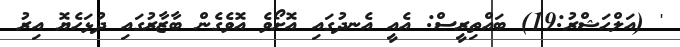
' (އަލްޙަޝްރު:19) ބައްތިރީސް: އެއީ އެނދުގައި އޮށޯވެ އޮވެގެން ބާޒާރުގައި ދުޅަހެޔޮ އިރު